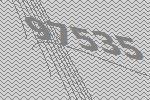
97535